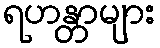
ရဟန္တာများ